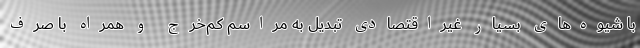
با شیوه‌های بسیار غیراقتصادی تبدیل به مراسم کم‌خرج و همراه با صرف